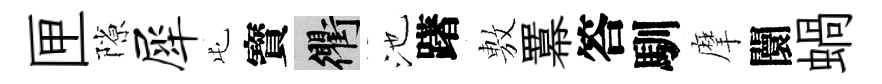
匣隙犀屯寳衢池躇𢾾羃答馴摩闤蝸